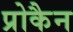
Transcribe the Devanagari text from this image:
प्रोकैन